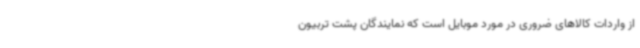
از واردات کالاهای ضروری در مورد موبایل است که نمایندگان پشت تربیون